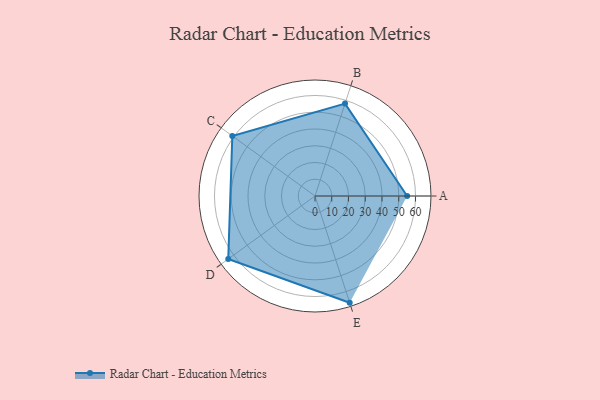
{"axis": {"x": "Skill", "y": "Score"}, "legend": ["Profile"], "data": [{"x": "A", "y": 55.0, "type": "Profile"}, {"x": "B", "y": 58.0, "type": "Profile"}, {"x": "C", "y": 61.0, "type": "Profile"}, {"x": "D", "y": 64.0, "type": "Profile"}, {"x": "E", "y": 67.0, "type": "Profile"}]}